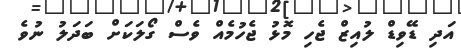
އަދި ޑޭވިޑް ލުއިޒް ޖެހި މޮޅު ޖެހުމެއް ވެސް ގޯލަކަށް ބަދަލު ނުވެ